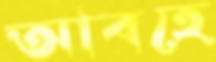
আবহে